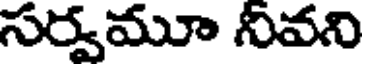
సర్వమూ నీవని